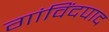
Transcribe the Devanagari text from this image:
गांविंदपाद